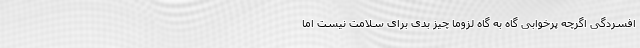
افسردگی اگرچه پرخوابی گاه به گاه لزوما چیز بدی برای سلامت نیست اما